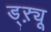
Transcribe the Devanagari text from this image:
ड्‌ऱ्यू